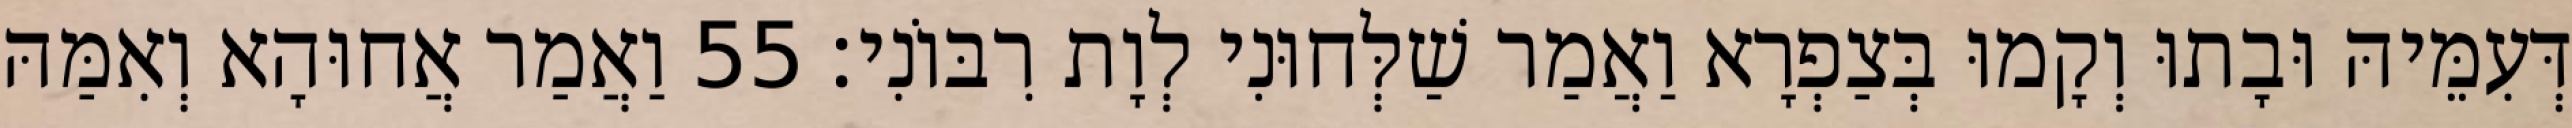
דְּעִמֵּיהּ וּבָתוּ וְקָמוּ בְּצַפְרָא וַאֲמַר שַׁלְּחוּנִי לְוָת רִבּוֹנִי׃ 55 וַאֲמַר אֲחוּהָא וְאִמַּהּ